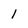
Character: l